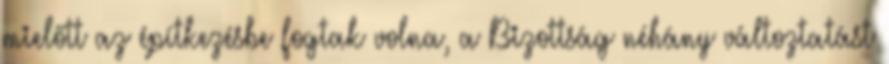
mielőtt az építkezésbe fogtak volna, a Bizottság néhány változtatást